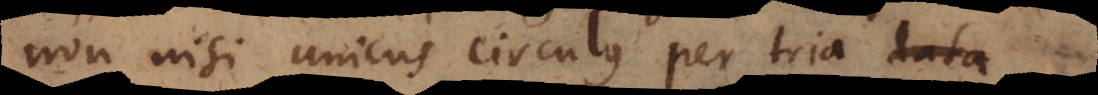
non nisi unicus circulus per tria